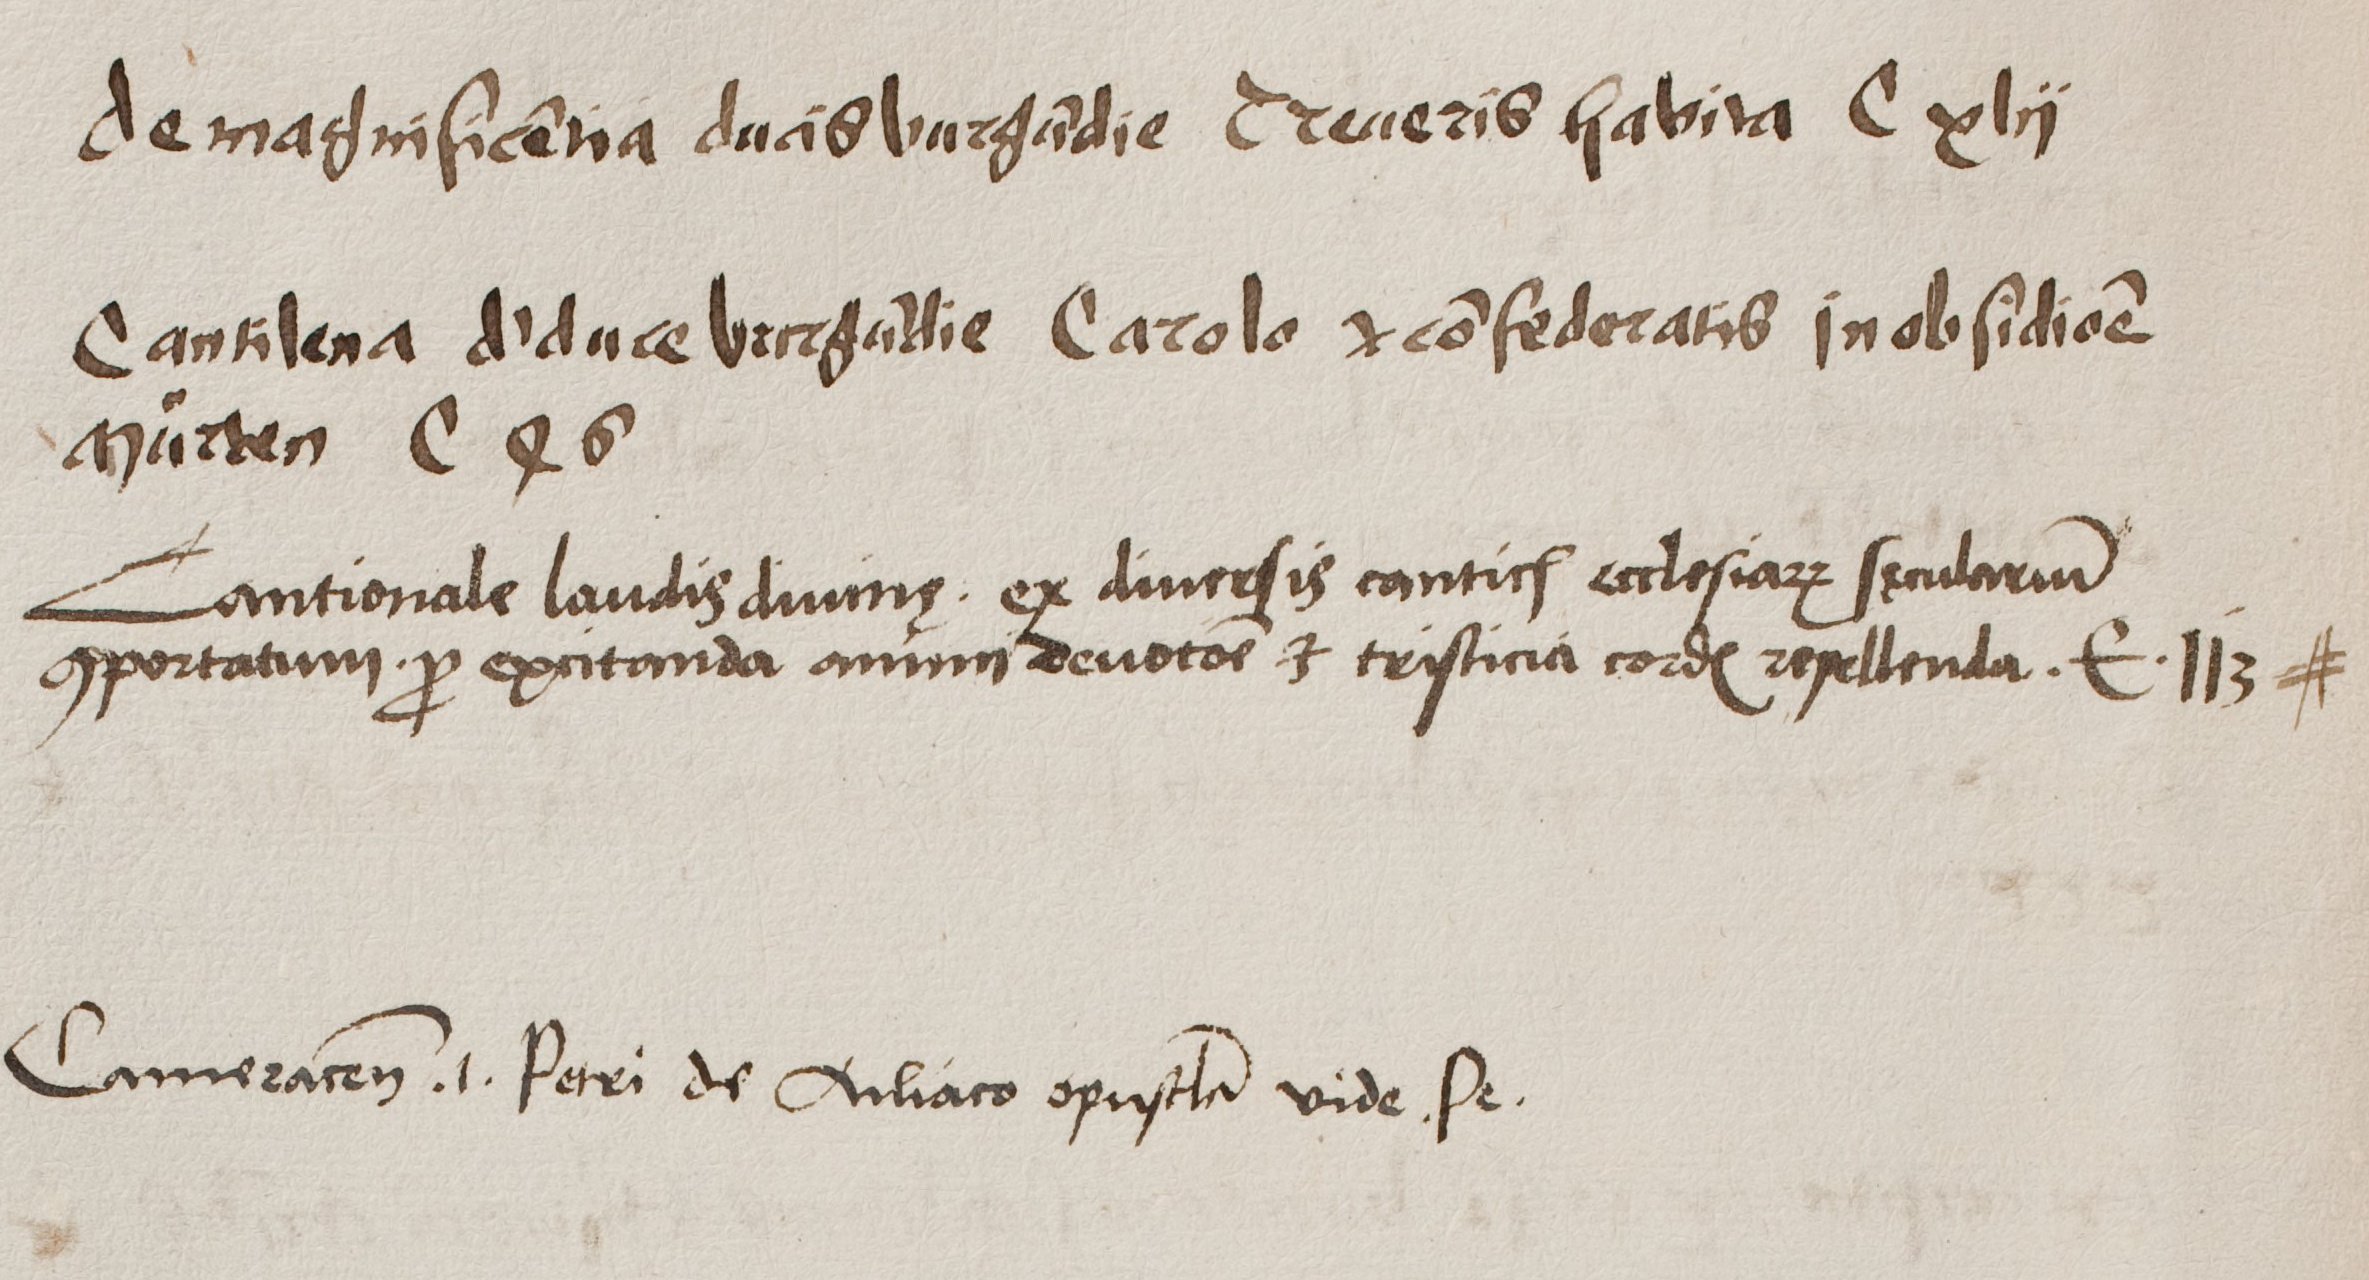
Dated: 1500–1530